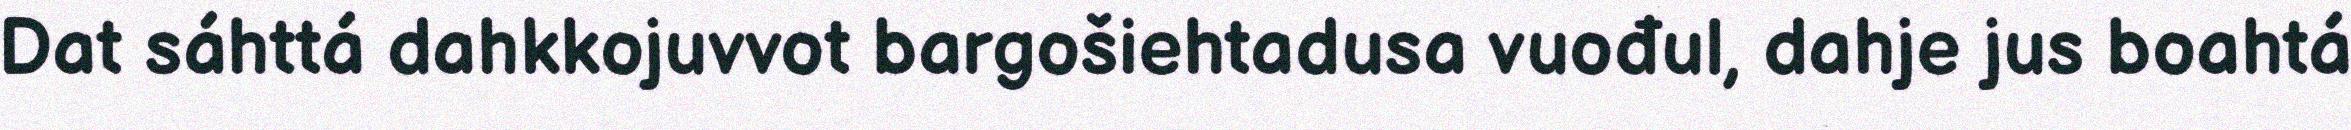
Dat sáhttá dahkkojuvvot bargošiehtadusa vuođul, dahje jus boahtá